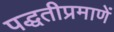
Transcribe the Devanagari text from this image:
पद्धतीप्रमाणें